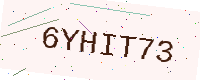
Text: 6YHIT73